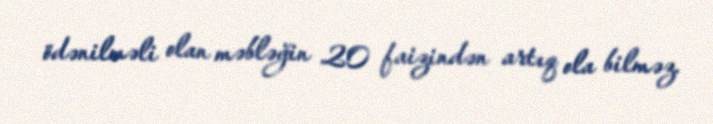
ödənilməli olan məbləğin 20 faizindən artıq ola bilməz.